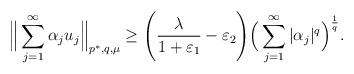
LaTeX: \begin{align*}\Big\| \sum_{j = 1}^\infty \alpha_j u_j \Big\|_{p^*,q,\mu} \geq \Bigg( \frac{\lambda}{1 + \varepsilon_1} - \varepsilon_2 \Bigg)\Big( \sum_{j = 1}^\infty |\alpha_j|^q \Big)^{\frac1{q}}.\end{align*}